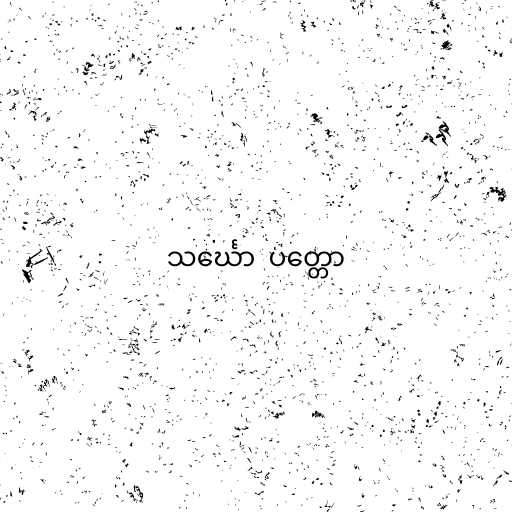
သင်္ဃော  ပတ္တော